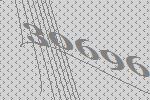
30696